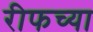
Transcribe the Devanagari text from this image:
रीफच्या